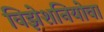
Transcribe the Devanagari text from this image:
विझेशनियोवा